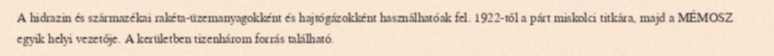
A hidrazin és származékai rakéta-üzemanyagokként és hajtógázokként használhatóak fel. 1922-től a párt miskolci titkára, majd a MÉMOSZ egyik helyi vezetője. A kerületben tizenhárom forrás található.